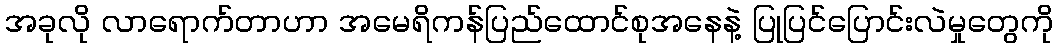
အခုလို လာရောက်တာဟာ အမေရိကန်ပြည်ထောင်စုအနေနဲ့ ပြုပြင်ပြောင်းလဲမှုတွေကို